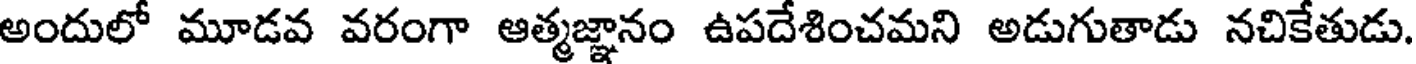
అందులో మూడవ వరంగా ఆత్మజ్ఞానం ఉపదేశించమని అడుగుతాడు నచికేతుడు